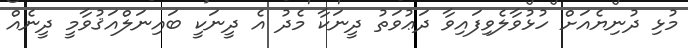
މުޅި ދުނިޔެއަށް ހުޅުވާލެވިފައިވާ ދަޢުވަތު ދީނަކާ މެދު އެ ދީނަކީ ބައިނަލްއަޤުވާމީ ދީނެއް